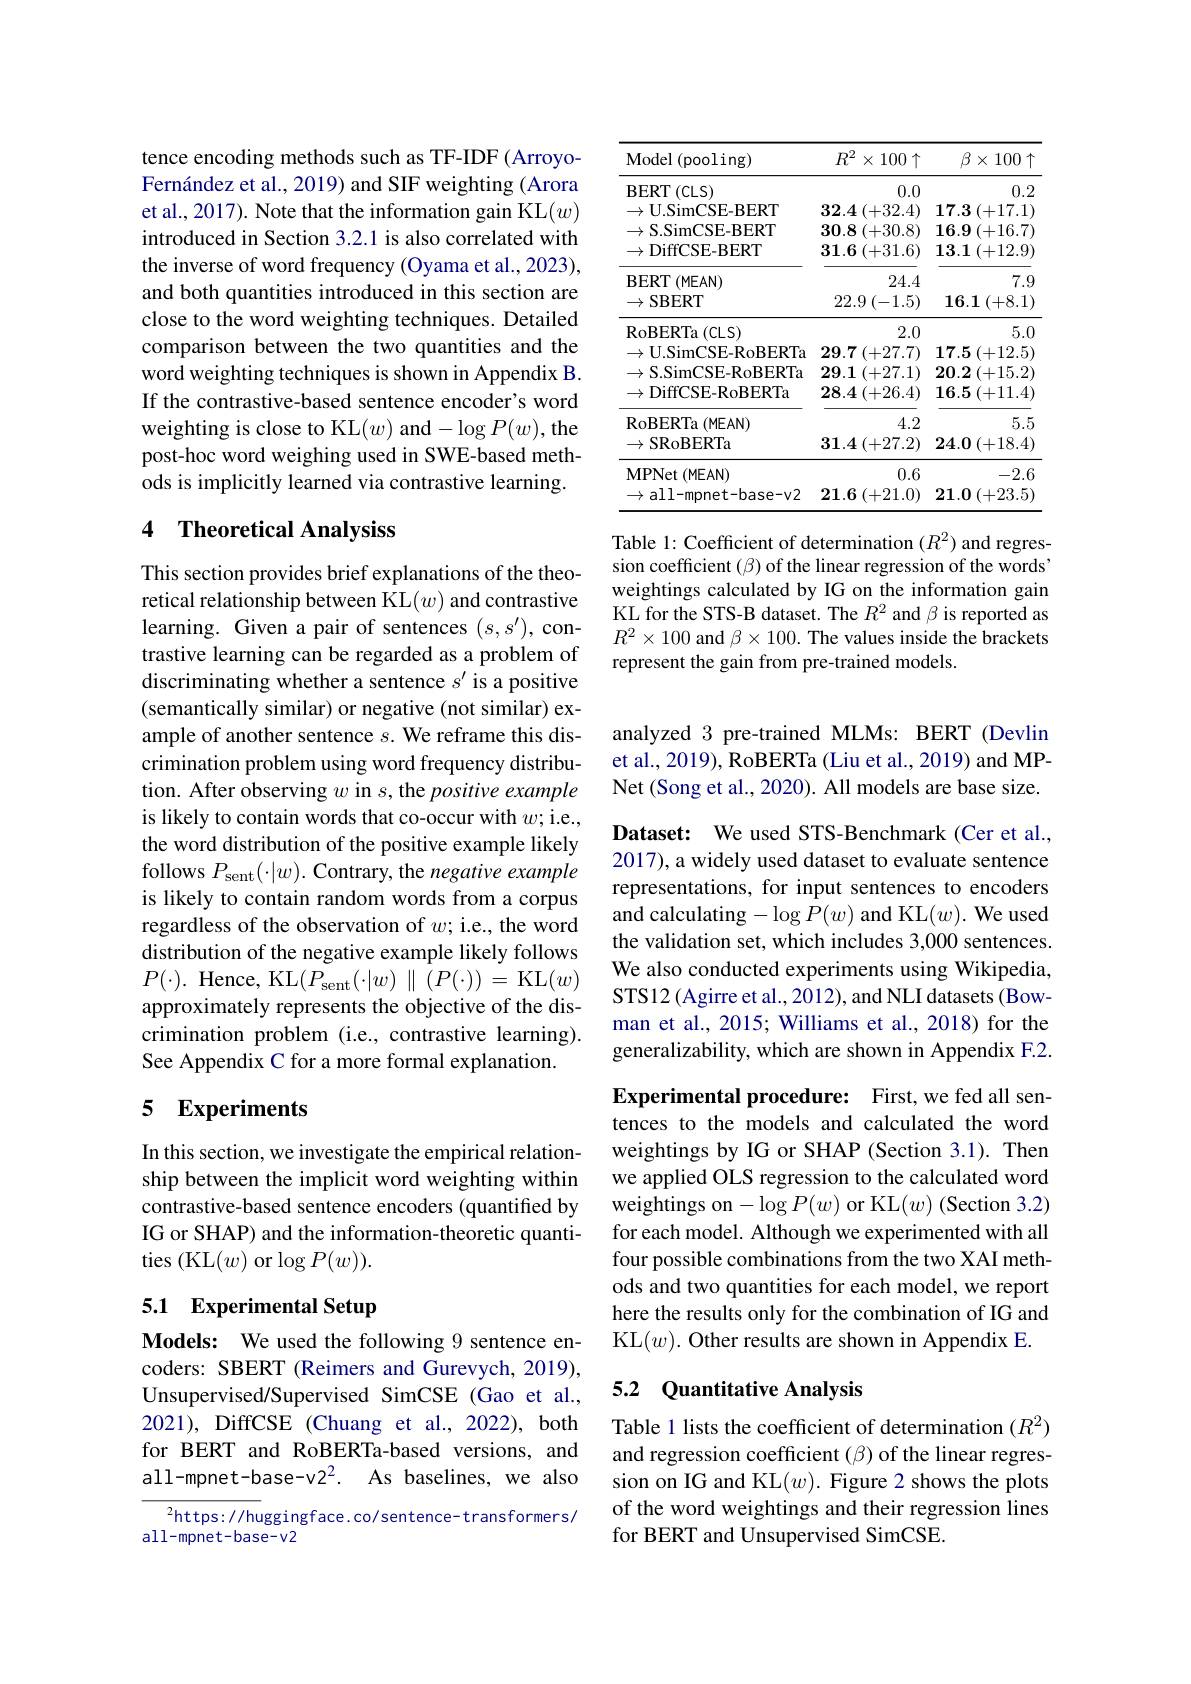
tence encoding methods such as TF-IDF (ArroyoFernández et al., 2019) and SIF weighting (Arora et al., 2017). Note that the information gain KL$(w)$ introduced in Section 3.2.1 is also correlated with the inverse of word frequency (Oyama et al., 2023), and both quantities introduced in this section are close to the word weighting techniques. Detailed comparison between the two quantities and the word weighting techniques is shown in Appendix B. If the contrastive-based sentence encoder's word weighting is close to KL$(w)$ and$-\log P(w)$,the post-hoc word weighing used in SWE-based methods is implicitly learned via contrastive learning.

## 4 Theoretical Analysiss

This section provides brief explanations of the theoretical relationship between KL$(w)$ and contrastive learning. Given a pair of sentences $(s,s^{\prime})$, contrastive learning can be regarded as a problem of discriminating whether a sentence $s^{\prime}$ is a positive (semantically similar) or negative (not similar) example of another sentence $s.$ We reframe this discrimination problem using word frequency distribution. After observing $w$ in $s$, the positive example is likely to contain words that co-occur with $w;$ i.e., the word distribution of the positive example likely follows $P_\mathrm{sent}(\cdot|w).$ Contrary, the negative example is likely to contain random words from a corpus regardless of the observation of $w;$ i.e., the word distribution of the negative example likely follows $P(\cdot).$ Hence, KL$(P_{\mathrm{sent}}(\cdot|w)\parallel(P(\cdot))=$KL$(w)$ approximately represents the objective of the discrimination problem (i.e., contrastive learning). See Appendix C for a more formal explanation.

# 5 Experiments

In this section, we investigate the empirical relationship between the implicit word weighting within contrastive-based sentence encoders (quantified by IG or SHAP) and the information-theoretic quantities (KL$(w)$or$\log P(w)).$

## 5.1 Experimental Setup

Models: We used the following 9 sentence encoders: SBERT (Reimers and Gurevych, 2019), Unsupervised/Supervised SimCSE (Gao et al., 2021), DiffCSE (Chuang et al., 2022), both for BERT and RoBERTa-based versions, and $all- mpnet- base- v2^{2}.$ $As$ $baselines$, $we$ also

$^{2}$https://huggingface.co/sentence- transformers/
all-mpnet-base-v2

<table>
	<tbody>
		<tr>
			<th>${\mathrm{Model~(pooling)}}$</th>
			<th>$R^{2}$ $\times100\uparrow$</th>
			<th>$\beta\times1$ $100\uparrow$</th>
		</tr>
		<tr>
			<td>$\mathbf{BERT}$ (CLS)</td>
			<td>0.0</td>
			<td>0.2</td>
		</tr>
		<tr>
			<td>$\rightarrow$U.SimCSE-BERT</td>
			<td>$32.4\left(+32.4\right)$</td>
			<td>$17.3\left(+17.1\right)$</td>
		</tr>
		<tr>
			<td>$\rightarrow$S.SimCSE-BERT</td>
			<td>$30.8\left(+30.8\right)$</td>
			<td>$16.9\left(+16.7\right)$</td>
		</tr>
		<tr>
			<td>$\to$DiffCSE-BERT</td>
			<td>31.6 (+31.6)</td>
			<td>$13.1\left(+12.9\right)$</td>
		</tr>
		<tr>
			<td>$\mathbf{BERT}$ (MEAN) $\to$SBERT</td>
			<td>24.4 $22.9\left(-1.5\right)$</td>
			<td>7.9 $16.1\left(+8.1\right)$</td>
		</tr>
		<tr>
			<td>$\mathbf{BERT}$ $(MEAN)$</td>
			<td>24.4</td>
			<td>7.9</td>
		</tr>
		<tr>
			<td>$\rightarrow$SBERT</td>
			<td>$22.9\left(-1.5\right)$</td>
			<td>$16.1\left(+8.1\right)$</td>
		</tr>
		<tr>
			<td>RoBERTa ( CLS) </td>
			<td>2.0</td>
			<td>5.0</td>
		</tr>
		<tr>
			<td> II SimCSE- RoRFRT</td>
			<td>29 7 (+27 7</td>
			<td>17 $E$ $1.1\%$</td>
		</tr>
		<tr>
			<td>$S$ SimCSF-RoRFRTa</td>
			<td>20 7 11 117 1</td>
			<td>1 15</td>
		</tr>
		<tr>
			<td>DiffCSE- RoBFRTa</td>
			<td>$\textbf{L}\setminus I$ 一 11 $28.4\left(+26.4\right)$</td>
			<td>16.5(+11</td>
		</tr>
		<tr>
			<td>RoBERTa ( MEAN) $\to\operatorname{SRoBERTa}$</td>
			<td>4.2 $31.4\left(+27.2\right)$</td>
			<td>5.5 $24.0\left(+18.4\right)$</td>
		</tr>
		<tr>
			<td>MPNet ( MEAN) $\to$all-mpnet-base-v2</td>
			<td>0.6 $21.6\left(+21.0\right)$</td>
			<td>-2.6 $21.0\left(+23.5\right)$</td>
		</tr>
		<tr>
			<td>$\to$all-mpnet-base-v2</td>
			<td>$21.6\left(+21.0\right)$</td>
			<td>$21.0\left(+23.5\right)$</td>
		</tr>
	</tbody>
</table>
Table 1: Coefficient of determination $(R^2)$ and regres-

sion coefficient $(\beta)$ of the linear regression of the words' weightings calculated by IG on the information gain KL for the STS-B dataset. The $R^{2}$ and $\beta$ is reported as $R^2\times100$ and $\beta\times100.$ The values inside the brackets represent the gain from pre-trained models.

analyzed 3 pre-trained MLMs: BERT (Devlin et al., 2019), RoBERTa (Liu et al., 2019) and MPNet (Song et al., 2020). All models are base size.

Dataset: We used STS-Benchmark (Cer et al., 2017), a widely used dataset to evaluate sentence representations, for input sentences to encoders and calculating$-\log P(w)$ and KL$(w).$ We used the validation set, which includes 3,000 sentences. We also conducted experiments using Wikipedia, STS12 (Agirre et al., 2012), and NLI datasets (Bowman et al., 2015; Williams et al., 2018) for the generalizability, which are shown in Appendix F.2.

Experimental procedure: First, we fed all sentences to the models and calculated the word weightings by IG or SHAP (Section 3.1). Then we applied OLS regression to the calculated word weightings on$-\log P(w)$ or KL$(w)$ (Section 3.2) for each model. Although we experimented with all four possible combinations from the two XAI methods and two quantities for each model, we report here the results only for the combination of IG and KL$(w).$ Other results are shown in Appendix E.

## 5.2 Quantitative Analysis

Table 1 lists the coefficient of determination $(R^2)$ and regression coefficient $(\beta)$ of the linear regression on IG and KL$(w).$ Figure 2 shows the plots of the word weightings and their regression lines for BERT and Unsupervised SimCSE.